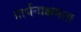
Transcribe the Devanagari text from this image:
प्रार्थनाक्षमता